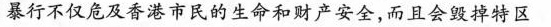
暴行不仅危及香港市民的生命和财产安全，而且会毁掉特区